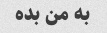
به من بده